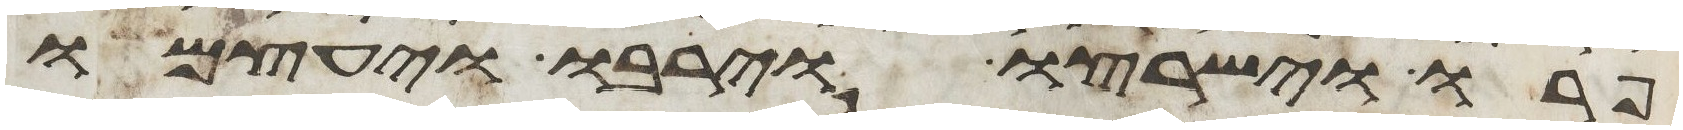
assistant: פרו וישרצו וירבו ויעצמו